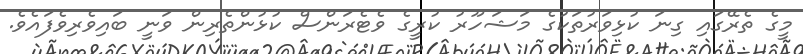
މީގެ ތެރޭގައި ގިނަ ކުޅިވަރުތަކުގެ މަޝަހޫރު ކުރީގެ ވެޓެރަންސް ކުޅުންތެރިން ވަނީ ބައިވެރިވެފައެވެ.